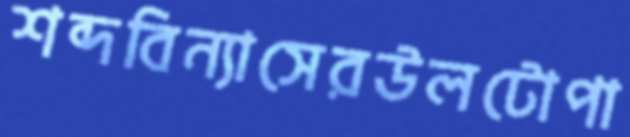
শব্দবিন্যাসেরউলটোপা